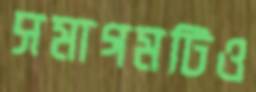
সমাগমটিও